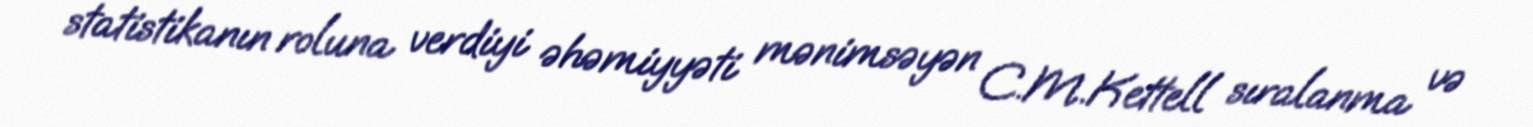
statistikanın roluna verdiyi əhəmiyyəti mənimsəyən C.M.Kettell sıralanma və